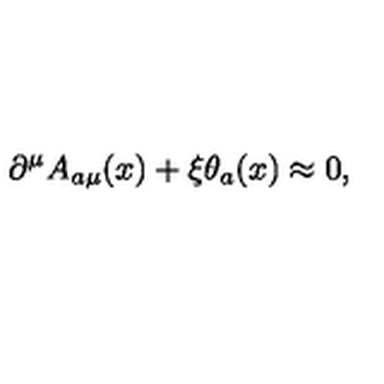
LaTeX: \partial ^ { \mu } A _ { a \mu } ( x ) + \xi \theta _ { a } ( x ) \approx 0 ,